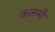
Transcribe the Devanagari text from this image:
क़लमी